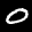
Label: 0